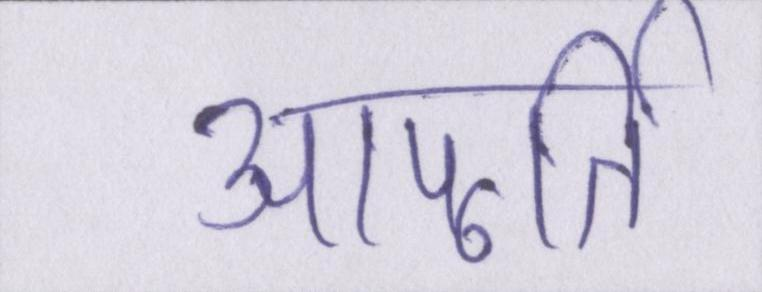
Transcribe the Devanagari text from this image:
आपूर्ति